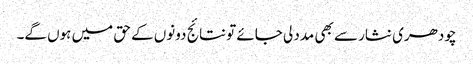
چودھری نثار سے بھی مدد لی جائے تو نتائج دونوں کے حق میں ہوں گے۔